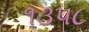
૧૩૫૮